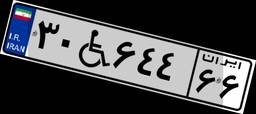
۳۰W۶۴۴۶۶